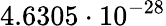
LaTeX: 4.6305\cdot 10^{-28}